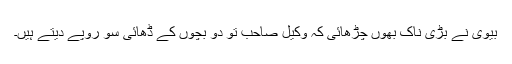
بیوی نے بڑی ناک بھوں چڑھائی کہ وکیل صاحب تو دو بچوں کے ڈھائی سو روپے دیتے ہیں۔